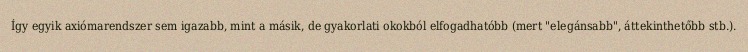
Így egyik axiómarendszer sem igazabb, mint a másik, de gyakorlati okokból elfogadhatóbb (mert "elegánsabb", áttekinthetőbb stb.).